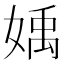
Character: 𡟥